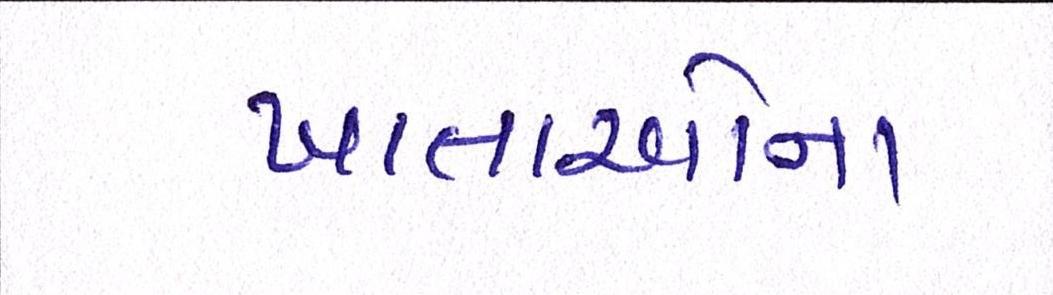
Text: ખાતાઓના